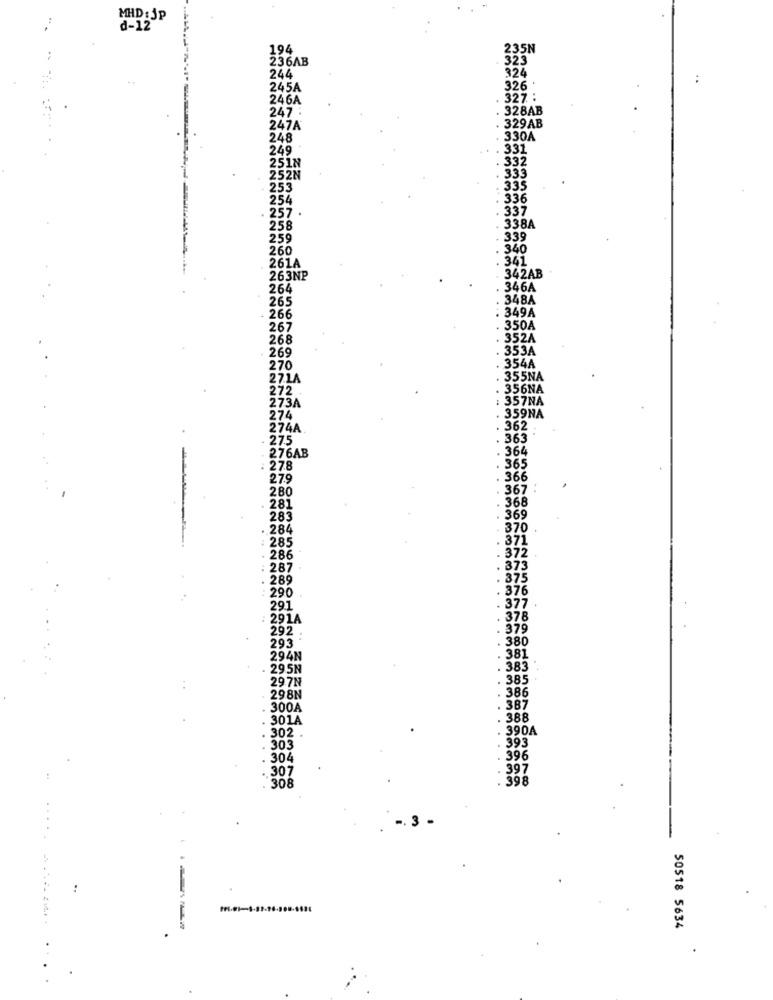
MHD : Jp
d-12
194
235N
236AB
323
244
32
245A
326
246A
327 :
247 .
328AB
329AB
247A
248
330A
249
331
332
2N
333
335
36
337
57
338A
258
259
339
260
340
261A
341
263NP
342AB
264
346A
265
. 348A
. 266
. 349A
267
350A
268
352A
269
.
353A
270
354A
27.1A
. 355NA
272
356NA
273A
: 357NA
274
359NA
274A
362
. 275
363
. 364
276AB
278
.365
27.9
366
280
367
. 368
281
283
. 369
. 284
370
285
371
372
286
287
373
289
. 375
: 290
. 376
291
. 377
291A
. 378
292
379
. 380
293
294N
. 381
295N
. 383
297N
. 385
. 386
29.8N
300A
. 387
301A
. 388
302 .
. 390A
. 393
303
304
. 396
. 397
307
. 398
308
-. 3 -
50518 5634